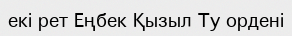
екі рет Еңбек Қызыл Ту ордені